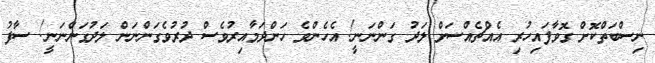
ނިސްބަތްކޮށް ގޮވާފައިހުރި އެއްޗެއްސަށް ލަދު ގަންނަނީ! އެހެންވެ ހަންދަމާއިރުވެސް ދުރުވެގަންނަން ލަދުގަންނަނީ! ސާފު